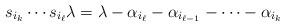
LaTeX: \begin{align*} s_{i_{k}}\cdots s_{i_\ell}\lambda = \lambda -\alpha_{i_\ell} -\alpha_{i_{\ell-1}}-\cdots -\alpha_{i_k} \end{align*}